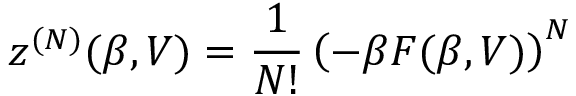
z ^ { ( N ) } ( \beta , V ) = \frac { 1 } { N ! } \left( - \beta F ( \beta , V ) \right) ^ { N }